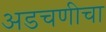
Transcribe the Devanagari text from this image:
अडचणीचा